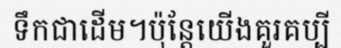
ទឹកជាដើម។ប៉ុន្តែយើងគួរគប្បី